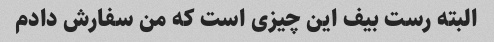
البته رست بیف این چیزی است که من سفارش دادم